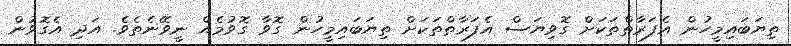
ތިޔަބައިމީހުން އެފަރާތްތަކަށް ގޮވިޔަސް އެފަރާތްތަކަށް ތިޔަބައިމީހުން ގޮވާ ގޮވުމެއް ނީވޭނެތެވެ. އަދި އެގޮވުން